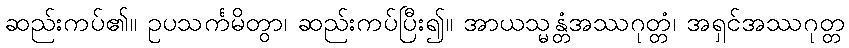
ဆည်းကပ်၏။ ဥပသင်္ကမိတွာ၊ ဆည်းကပ်ပြီး၍။ အာယသ္မန္တံအဿဂုတ္တံ၊ အရှင်အဿဂုတ္တ